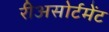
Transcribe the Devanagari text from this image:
रीअसोर्टमेंट